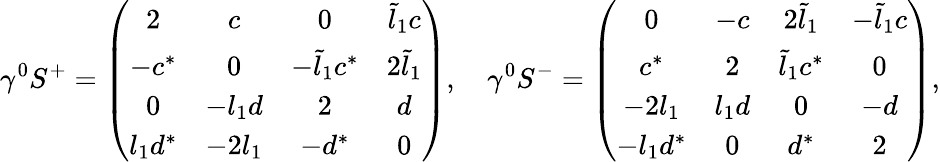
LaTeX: \gamma^{0}S^{+}=\left(\begin{array}{cccc}{{2}}&{{c}}&{{0}}&{{\tilde{l}_{1}c}}\\ {{-c^{*}}}&{{0}}&{{-\tilde{l}_{1}c^{*}}}&{{2\tilde{l}_{1}}}\\ {{0}}&{{-l_{1}d}}&{{2}}&{{d}}\\ {{l_{1}d^{*}}}&{{-2l_{1}}}&{{-d^{*}}}&{{0}}\end{array}\right),\quad\gamma^{0}S^{-}=\left(\begin{array}{cccc}{{0}}&{{-c}}&{{2\tilde{l}_{1}}}&{{-\tilde{l}_{1}c}}\\ {{c^{*}}}&{{2}}&{{\tilde{l}_{1}c^{*}}}&{{0}}\\ {{-2l_{1}}}&{{l_{1}d}}&{{0}}&{{-d}}\\ {{-l_{1}d^{*}}}&{{0}}&{{d^{*}}}&{{2}}\end{array}\right),